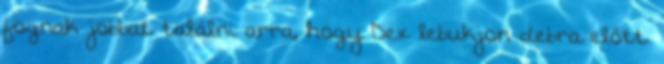
fognak jobbat találni arra, hogy Dex lebukjon debra előtt.